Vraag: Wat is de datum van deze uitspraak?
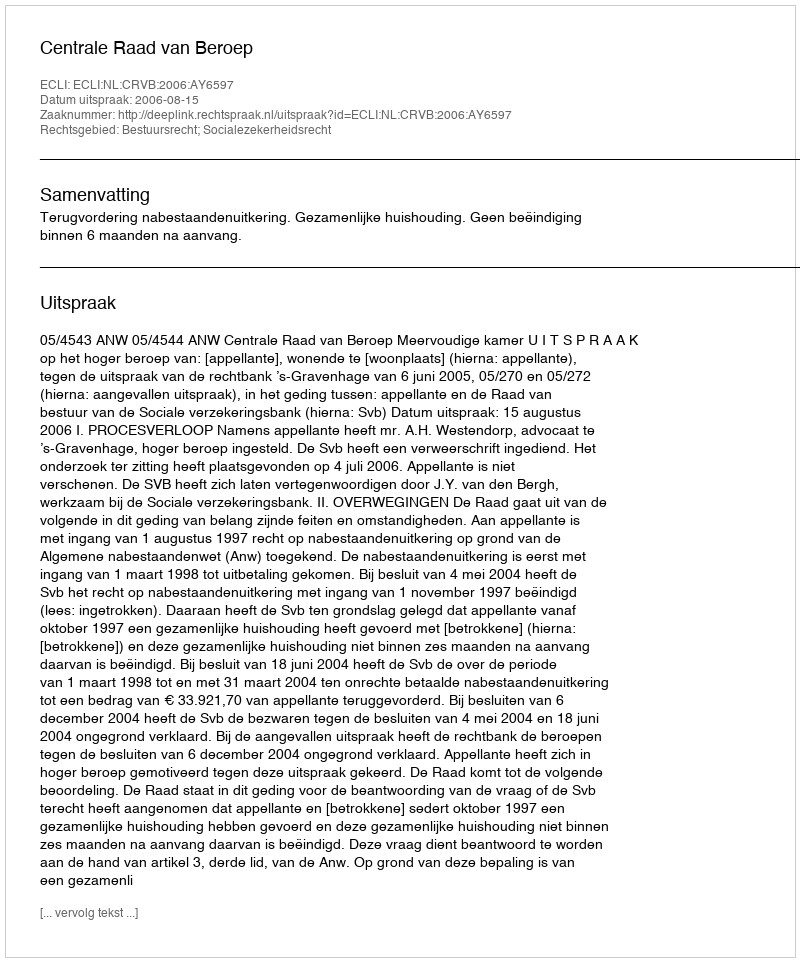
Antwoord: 2006-08-15